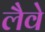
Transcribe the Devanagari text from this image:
लैवे